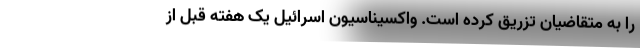
را به متقاضیان تزریق کرده است. واکسیناسیون اسرائیل یک هفته قبل از